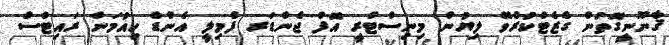
ޤާނޫނީގޮތުން ގެޒެޓްކުރެވޭ ލިޔުން މިނިސްޓްރީ އޮފް ޖެންޑަރ ފެމިލީ އެންޑް ހިއުމަން ރައިޓްސް